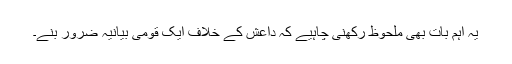
یہ اہم بات بھی ملحوظ رکھنی چاہیے کہ داعش کے خلاف ایک قومی بیانیہ ضرور بنے۔